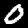
Digit: 0